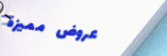
عروض مميزة